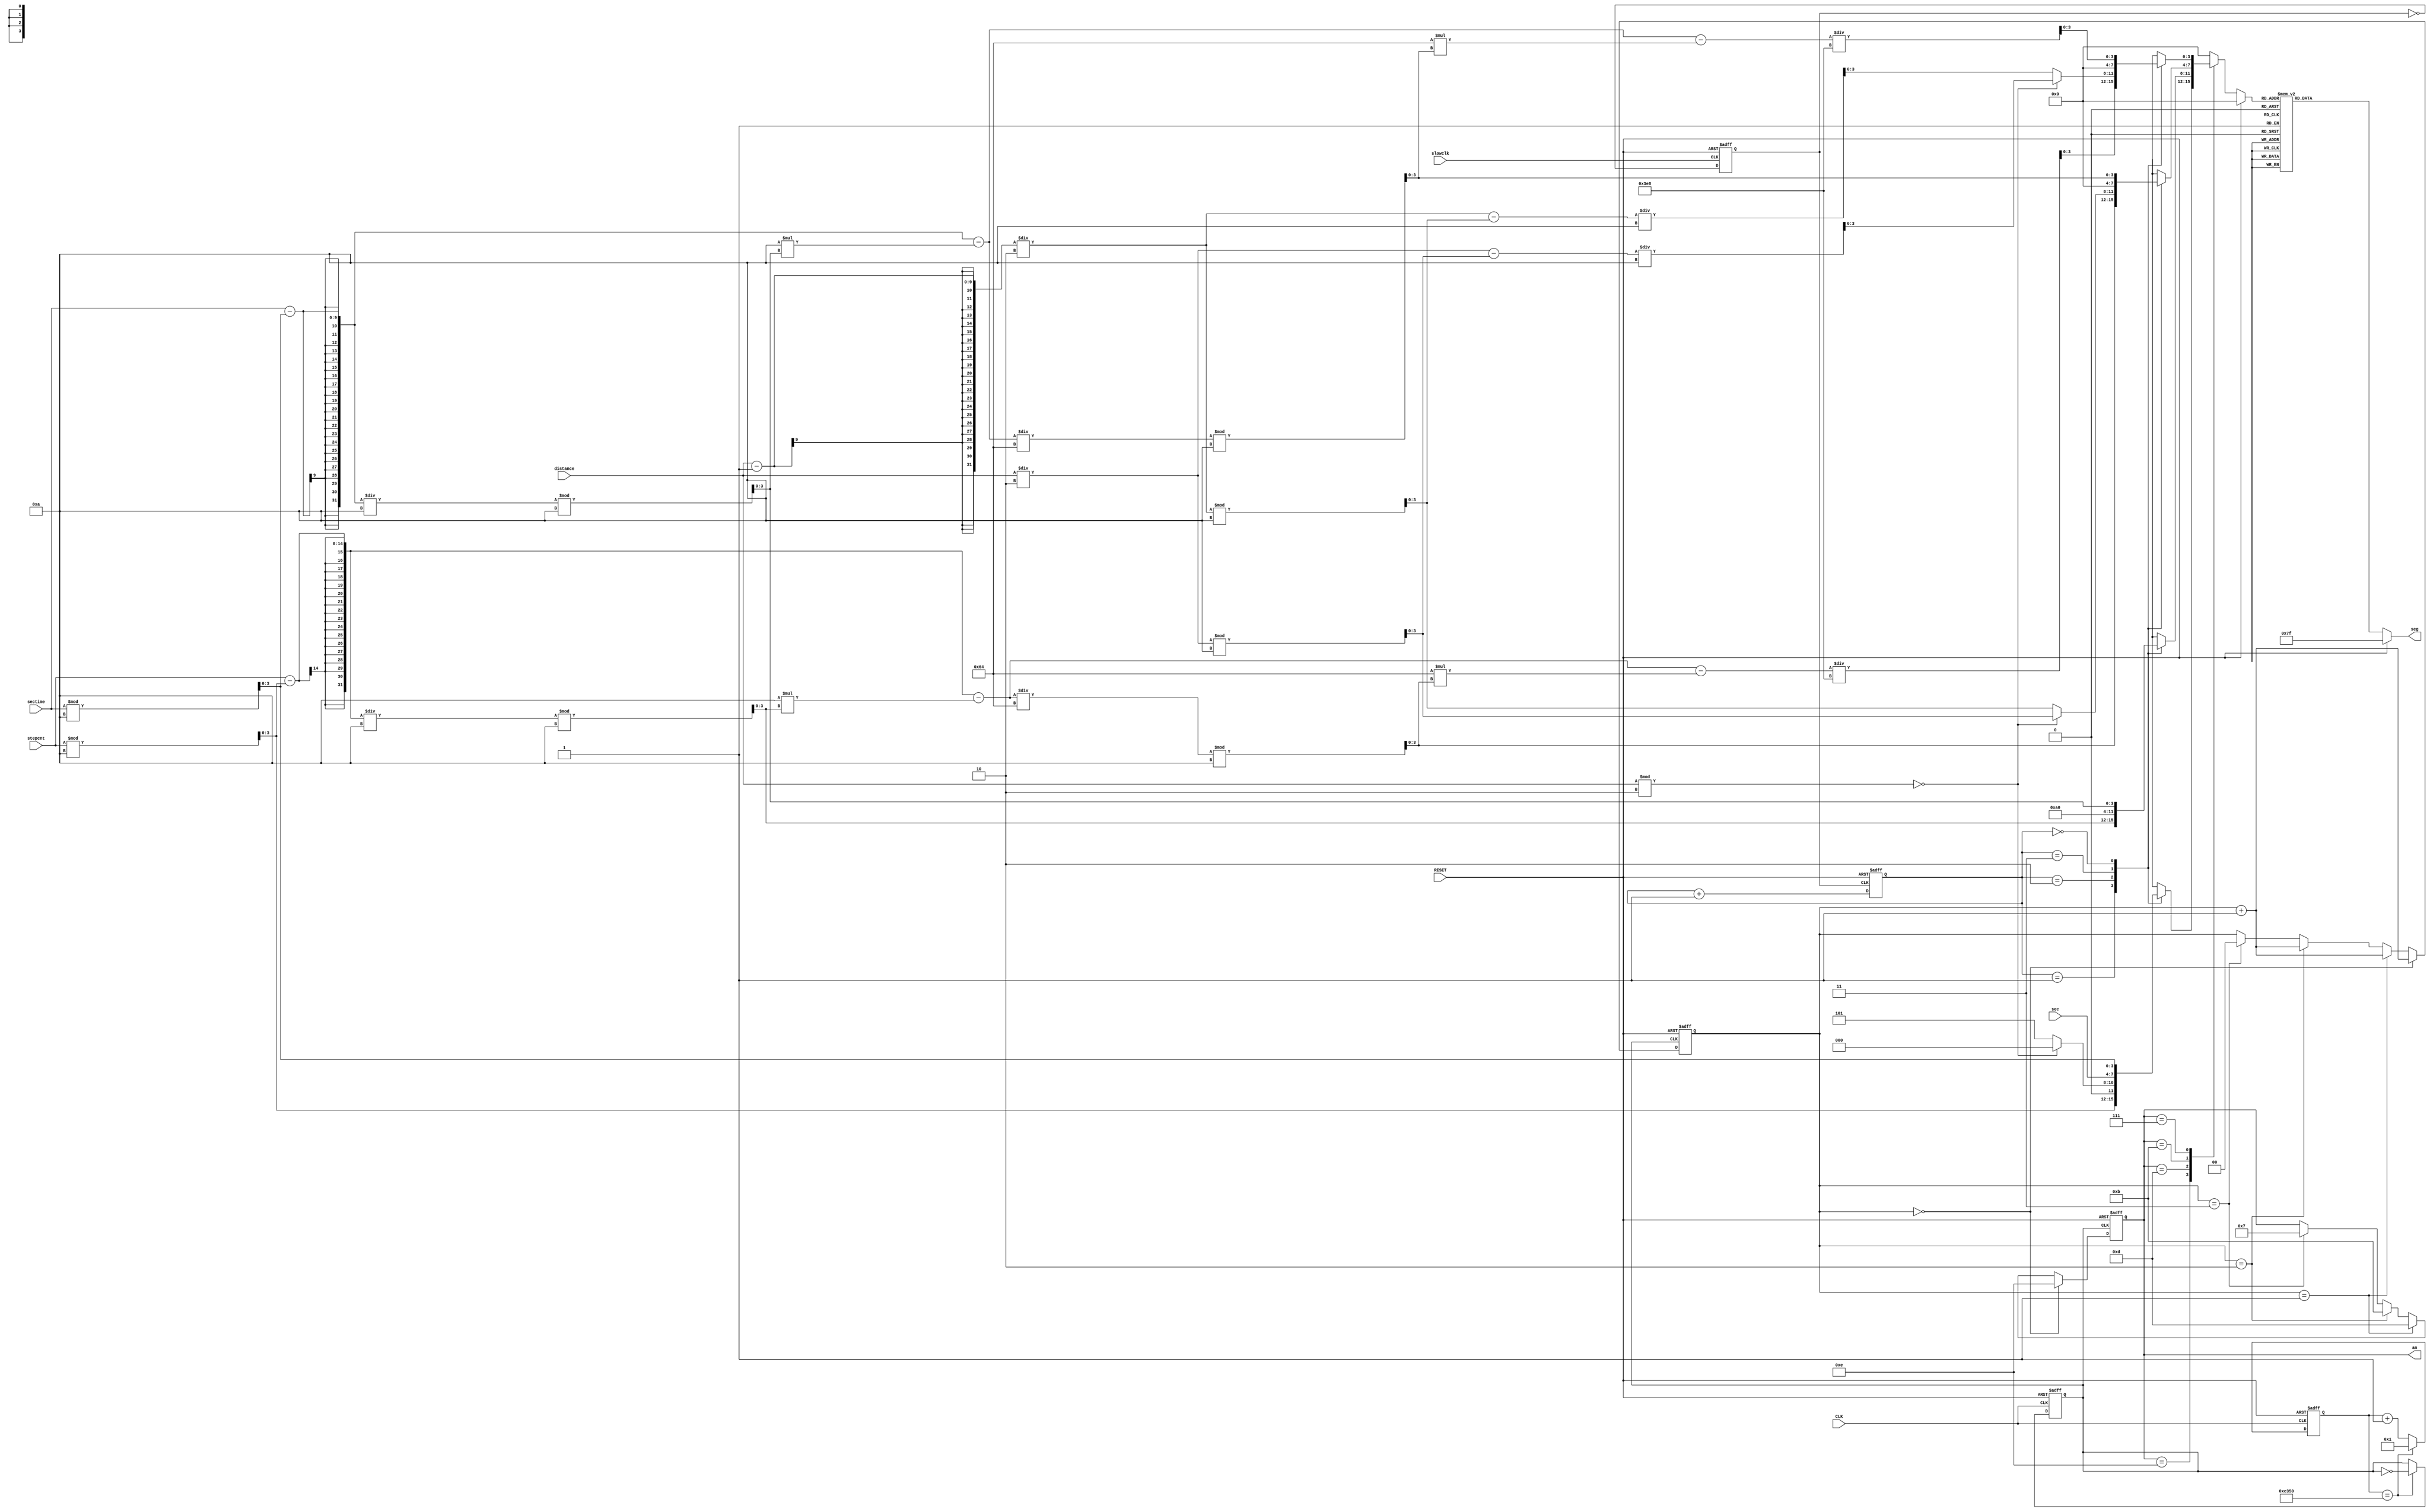
module Display(RESET,CLK,slowClk,stepcnt,distance,sec,sectime,an,seg);

input RESET, slowClk;
input [13:0] stepcnt;
input  [8:0] distance;
input  [3:0] sec;
input  [8:0] sectime;

input CLK;
output reg [6:0] seg;
output  reg [3:0] an;

reg clk1,clk2;
reg [3:0] thou, hun, ten, one,out;
reg [1:0] counter;
reg [15:0] counter1;
reg [1:0] counter3;

always @(posedge slowClk or posedge RESET) 
begin
if (RESET)
clk1 <= 0;
else clk1 = ~clk1;
end

always @(posedge CLK or posedge RESET) 
begin
if (RESET) begin
clk2 <= 0;
counter1 <= 0;
end
else if (counter1 == 50000)
begin
clk2 <= ~clk2;
counter1 <= 1;
end
else 
counter1 <= counter1 + 1;
end


always @(posedge clk1 or posedge RESET) // 2 seconds display
begin
if (RESET)
begin
counter <= 0;
end
else if (counter == 4) 
counter <= 0;
else 
counter <= counter + 1;
end

always @(*)
begin
if (RESET)
begin
thou = 0;
hun = 0;
ten = 0;
one = 0;
end
else begin
    case (counter)
    2'b001: begin
		   one = stepcnt % 10;
		   ten = ((stepcnt - one)/10) % 10;
		   hun = ((stepcnt - one - 10*ten) / 100) %10;
		   thou = (stepcnt - one - 10*ten - 100*hun)/1000;
		   end
	2'b010: begin
	       if (distance % 2 == 0)
		        begin 
			    one = 0;
				ten = 10;
				hun = (distance/2) % 10;
				thou = (distance/2 - hun)/10;
				end
			else begin
                one = 5;
                ten = 10;
                hun = ((distance-1)/2) % 10;
                thou = ((distance - 1)/2 - hun)/10;
                end
			end
    2'b011: begin
           one = sec;
		   ten = 0;
		   hun = 0;
		   thou = 0;
		   end
	2'b100: begin
		   one = sectime % 10;
		   ten = ((sectime - one)/10) % 10;
		   hun = ((sectime - one - 10*ten) / 100) %10;
		   thou = (sectime - one - 10*ten - 100*hun)/1000;
		   end
	endcase
end
end	

always @(posedge clk2 or posedge RESET)
begin
if(RESET)
    begin 
	an <= 4'b1111;
	counter3 <= 0;
	end
else if(counter3 == 0)
    begin
	an <= 4'b1110;
	counter3 <= counter3 + 1;
	end
else if(counter3 == 1)
    begin
	an <= 4'b1101;
	counter3 <= counter3 + 1;
	end
else if(counter3 == 2)
    begin
	an <= 4'b1011;
	counter3 <= counter3 + 1;
	end
else if(counter3 == 3)
    begin
	an <= 4'b0111;
	counter3 <= 0;
	end
end




always @(*)
begin
if (RESET)
out = 0;
else begin
     case (an)
     4'b1110: out = one;
	 4'b1101: out = ten;
	 4'b1011: out = hun;
	 4'b0111: out = thou;
	 default: out = 0;
     endcase
end
end


		   
always @(*)
begin
if (RESET)
seg = 7'b1111111;
else begin
    case (out)
    4'h0   : seg = 7'b1000000;
    4'h1   : seg = 7'b1111001;
    4'h2   : seg = 7'b0100100;
    4'h3   : seg = 7'b0110000;
    4'h4   : seg = 7'b0011001;
    4'h5   : seg = 7'b0010010;
    4'h6   : seg = 7'b0000010;
    4'h7   : seg = 7'b1111000;
    4'h8   : seg = 7'b0000000;
    4'h9   : seg = 7'b0011000;
	4'ha  : seg = 7'b1110111; //for underline
    default: seg = 7'b1111111;
	endcase
end
end
    	
endmodule